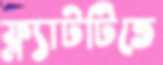
ফ্ল্যাটটিতে